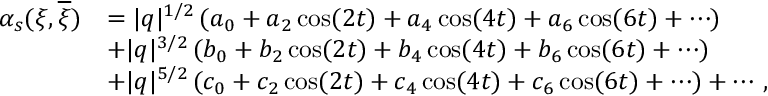
\begin{array} { r l } { \alpha _ { s } ( \xi , \overline { { \xi } } ) } & { = | q | ^ { 1 / 2 } \, ( a _ { 0 } + a _ { 2 } \cos ( 2 t ) + a _ { 4 } \cos ( 4 t ) + a _ { 6 } \cos ( 6 t ) + \cdots ) } \\ & { + | q | ^ { 3 / 2 } \, ( b _ { 0 } + b _ { 2 } \cos ( 2 t ) + b _ { 4 } \cos ( 4 t ) + b _ { 6 } \cos ( 6 t ) + \cdots ) } \\ & { + | q | ^ { 5 / 2 } \, ( c _ { 0 } + c _ { 2 } \cos ( 2 t ) + c _ { 4 } \cos ( 4 t ) + c _ { 6 } \cos ( 6 t ) + \cdots ) + \cdots \, , } \end{array}